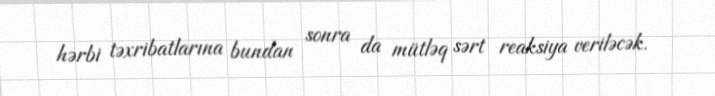
hərbi təxribatlarına bundan sonra da mütləq sərt reaksiya veriləcək.